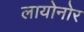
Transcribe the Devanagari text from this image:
लायोनोर